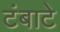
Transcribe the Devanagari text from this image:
टंबाटे